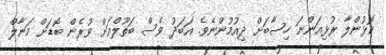
ކޮޅުންލާ ރުޅިއަަންނަ ހިސާބަށް ދިއުމުންނެވެ. އަބަދު ވެސް ބަތޫލްއަށް ވުރެން ބޮޑަށް މަނާލް